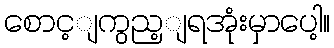
စောင့ျကွည့ျရအုံးမှာပေါ့။